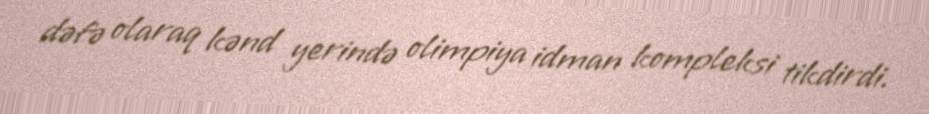
dəfə olaraq kənd yerində olimpiya idman kompleksi tikdirdi.